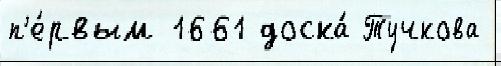
п'е́рвым 1661 доска́ Тучкова